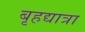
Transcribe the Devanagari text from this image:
बृहद्यात्रा